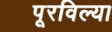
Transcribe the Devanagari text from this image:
पूरविल्या